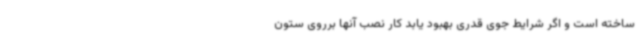
ساخته است و اگر شرایط جوی قدری بهبود یابد کار نصب آنها برروی ستون